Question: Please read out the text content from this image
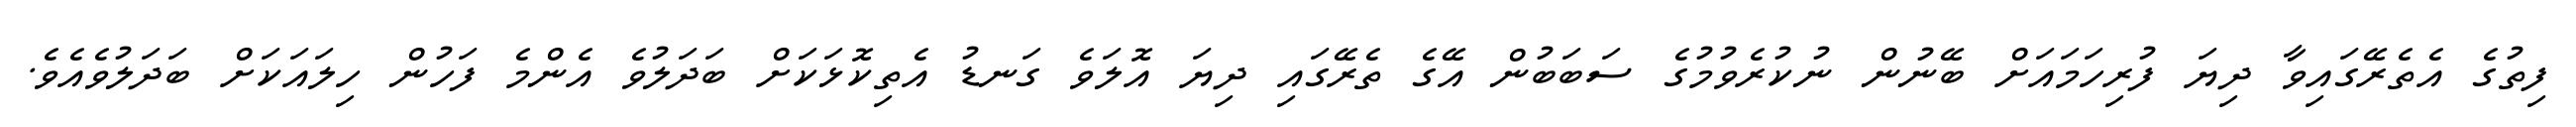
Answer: ފިތުގެ އެތެރޭގައިވާ ދިޔަ ފުރިހަމައަށް ބޭނުން ނުކުރެވުމުގެ ސަބަބުން އޭގެ ތެރޭގައި ދިޔަ އޮލަވެ ގަނޑު އެތިކޮޅަކަށް ބަދަލުވެ އެންމެ ފަހުން ހިލައަކަށް ބަދަލުވެއެވެ.